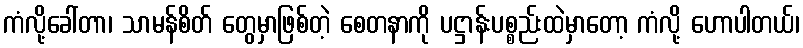
ကံလို့ခေါ်တာ၊ သာမန်စိတ် တွေမှာဖြစ်တဲ့ စေတနာကို ပဋ္ဌာန်းပစ္စည်းထဲမှာတော့ ကံလို့ ဟောပါတယ်၊